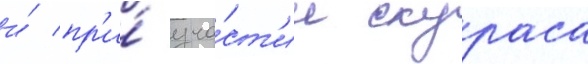
и́ пр'и́ уча́ст'ии скураса